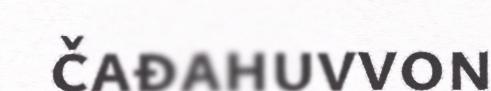
čađahuvvon